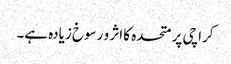
کراچی پر متحدہ کا اثر و رسوخ زیادہ ہے۔